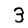
Digit: 3